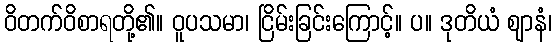
ဝိတက်ဝိစာရတို့၏။ ဝူပသမာ၊ ငြိမ်းခြင်းကြောင့်။ ပ။ ဒုတိယံ ဈာနံ၊